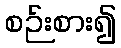
စဉ်းစား၍